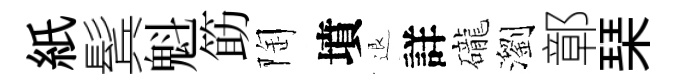
紙鬂魁筯陶墳退詳礲瀏鄣琹